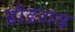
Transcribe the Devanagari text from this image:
डोडराय